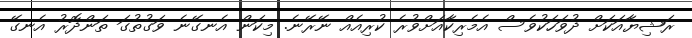
ރަޝިޔާއަކަށް ދުވަހަކުވެސް އެމެރިކާއަށްވުރެ ކުރިއެއް ނޭރޭނެ. މިކަން އެނގޭނެ ވަގުތުގަ ތަންދޮރު އެނގޭ